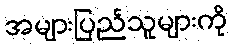
အများပြည်သူများကို